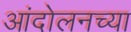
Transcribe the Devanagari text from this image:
आंदोलनच्या